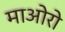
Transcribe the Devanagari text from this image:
माओरो